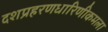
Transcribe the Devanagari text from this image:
दशप्रहरणधारिणीकमला